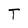
Character: T